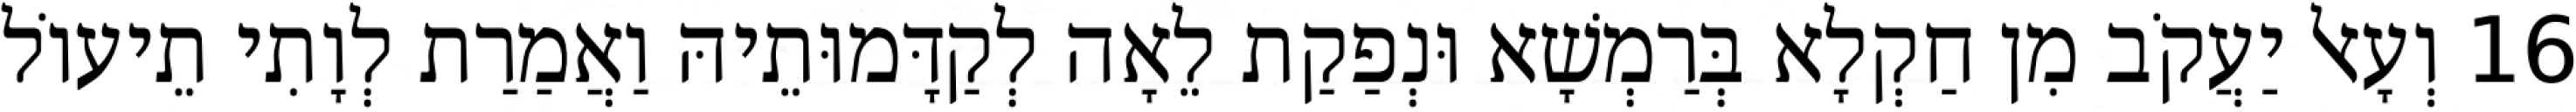
16 וְעָאל יַעֲקֹב מִן חַקְלָא בְּרַמְשָׁא וּנְפַקַת לֵאָה לְקַדָּמוּתֵיהּ וַאֲמַרַת לְוָתִי תֵיעוֹל